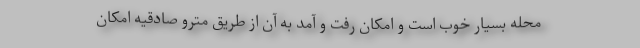
محله بسیار خوب است و امکان رفت و آمد به آن از طریق مترو صادقیه امکان